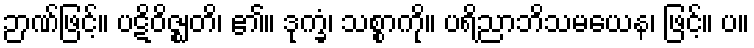
ဉာဏ်ဖြင့်။ ပဋိဝိဇ္ဈတိ၊ ၏။ ဒုက္ခံ၊ သစ္စာကို။ ပရိညာဘိသမယေန၊ ဖြင့်။ ပ။